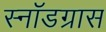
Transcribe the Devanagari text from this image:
स्नॉडग्रास